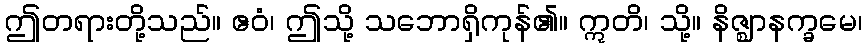
ဤတရားတို့သည်။ ဧဝံ၊ ဤသို့ သဘောရှိကုန်၏။ ဣတိ၊ သို့။ နိဇ္ဈာနက္ခမေ၊